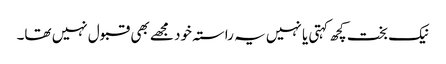
نیک بخت کچھ کہتی یا نہیں یہ راستہ خود مجھے بھی قبول نہیں تھا۔